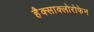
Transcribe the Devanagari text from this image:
हैक्साक्लोरोफेन